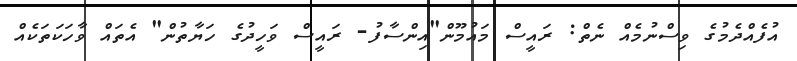
އުފެއްދެމުގެ ވިސްނުމެއް ނެތް: ރައީސް މައުމޫން"އިންސާފު- ރައީސް ވަހީދުގެ ހަޔާތުން" އެތަައް ވާހަކަތަކެއް